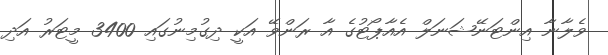
ވެލާނާ އިންޓަނޭޝަނަލް އެއާޕޯޓުގެ އާ ރަންވޭ އަކީ ދިގުމިނުގައި 3400 މީޓަރު އަދި